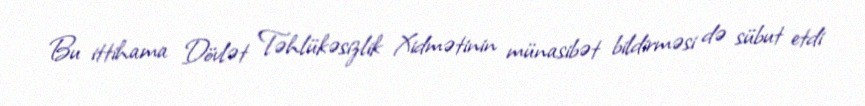
Bu ittihama Dövlət Təhlükəsizlik Xidmətinin münasibət bildirməsi də sübut etdi